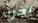
اجراء